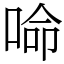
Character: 𠵴